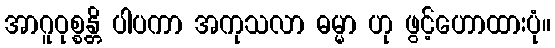
အာဂူဝုစ္စန္တိ ပါပကာ အကုသလာ ဓမ္မာ ဟု ဖွင့်ဟောထားပုံ။